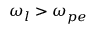
\omega _ { l } > \omega _ { p e }